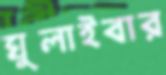
ঘুলাইবার